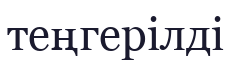
теңгерілді